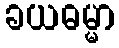
ခယဓမ္မာ